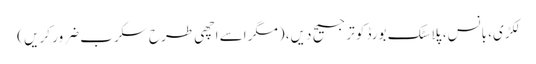
لکڑی، بانس، پلاسٹک بورڈ کو ترجیح دیں، (مگر اسے اچھی طرح سکرب ضرور کریں )